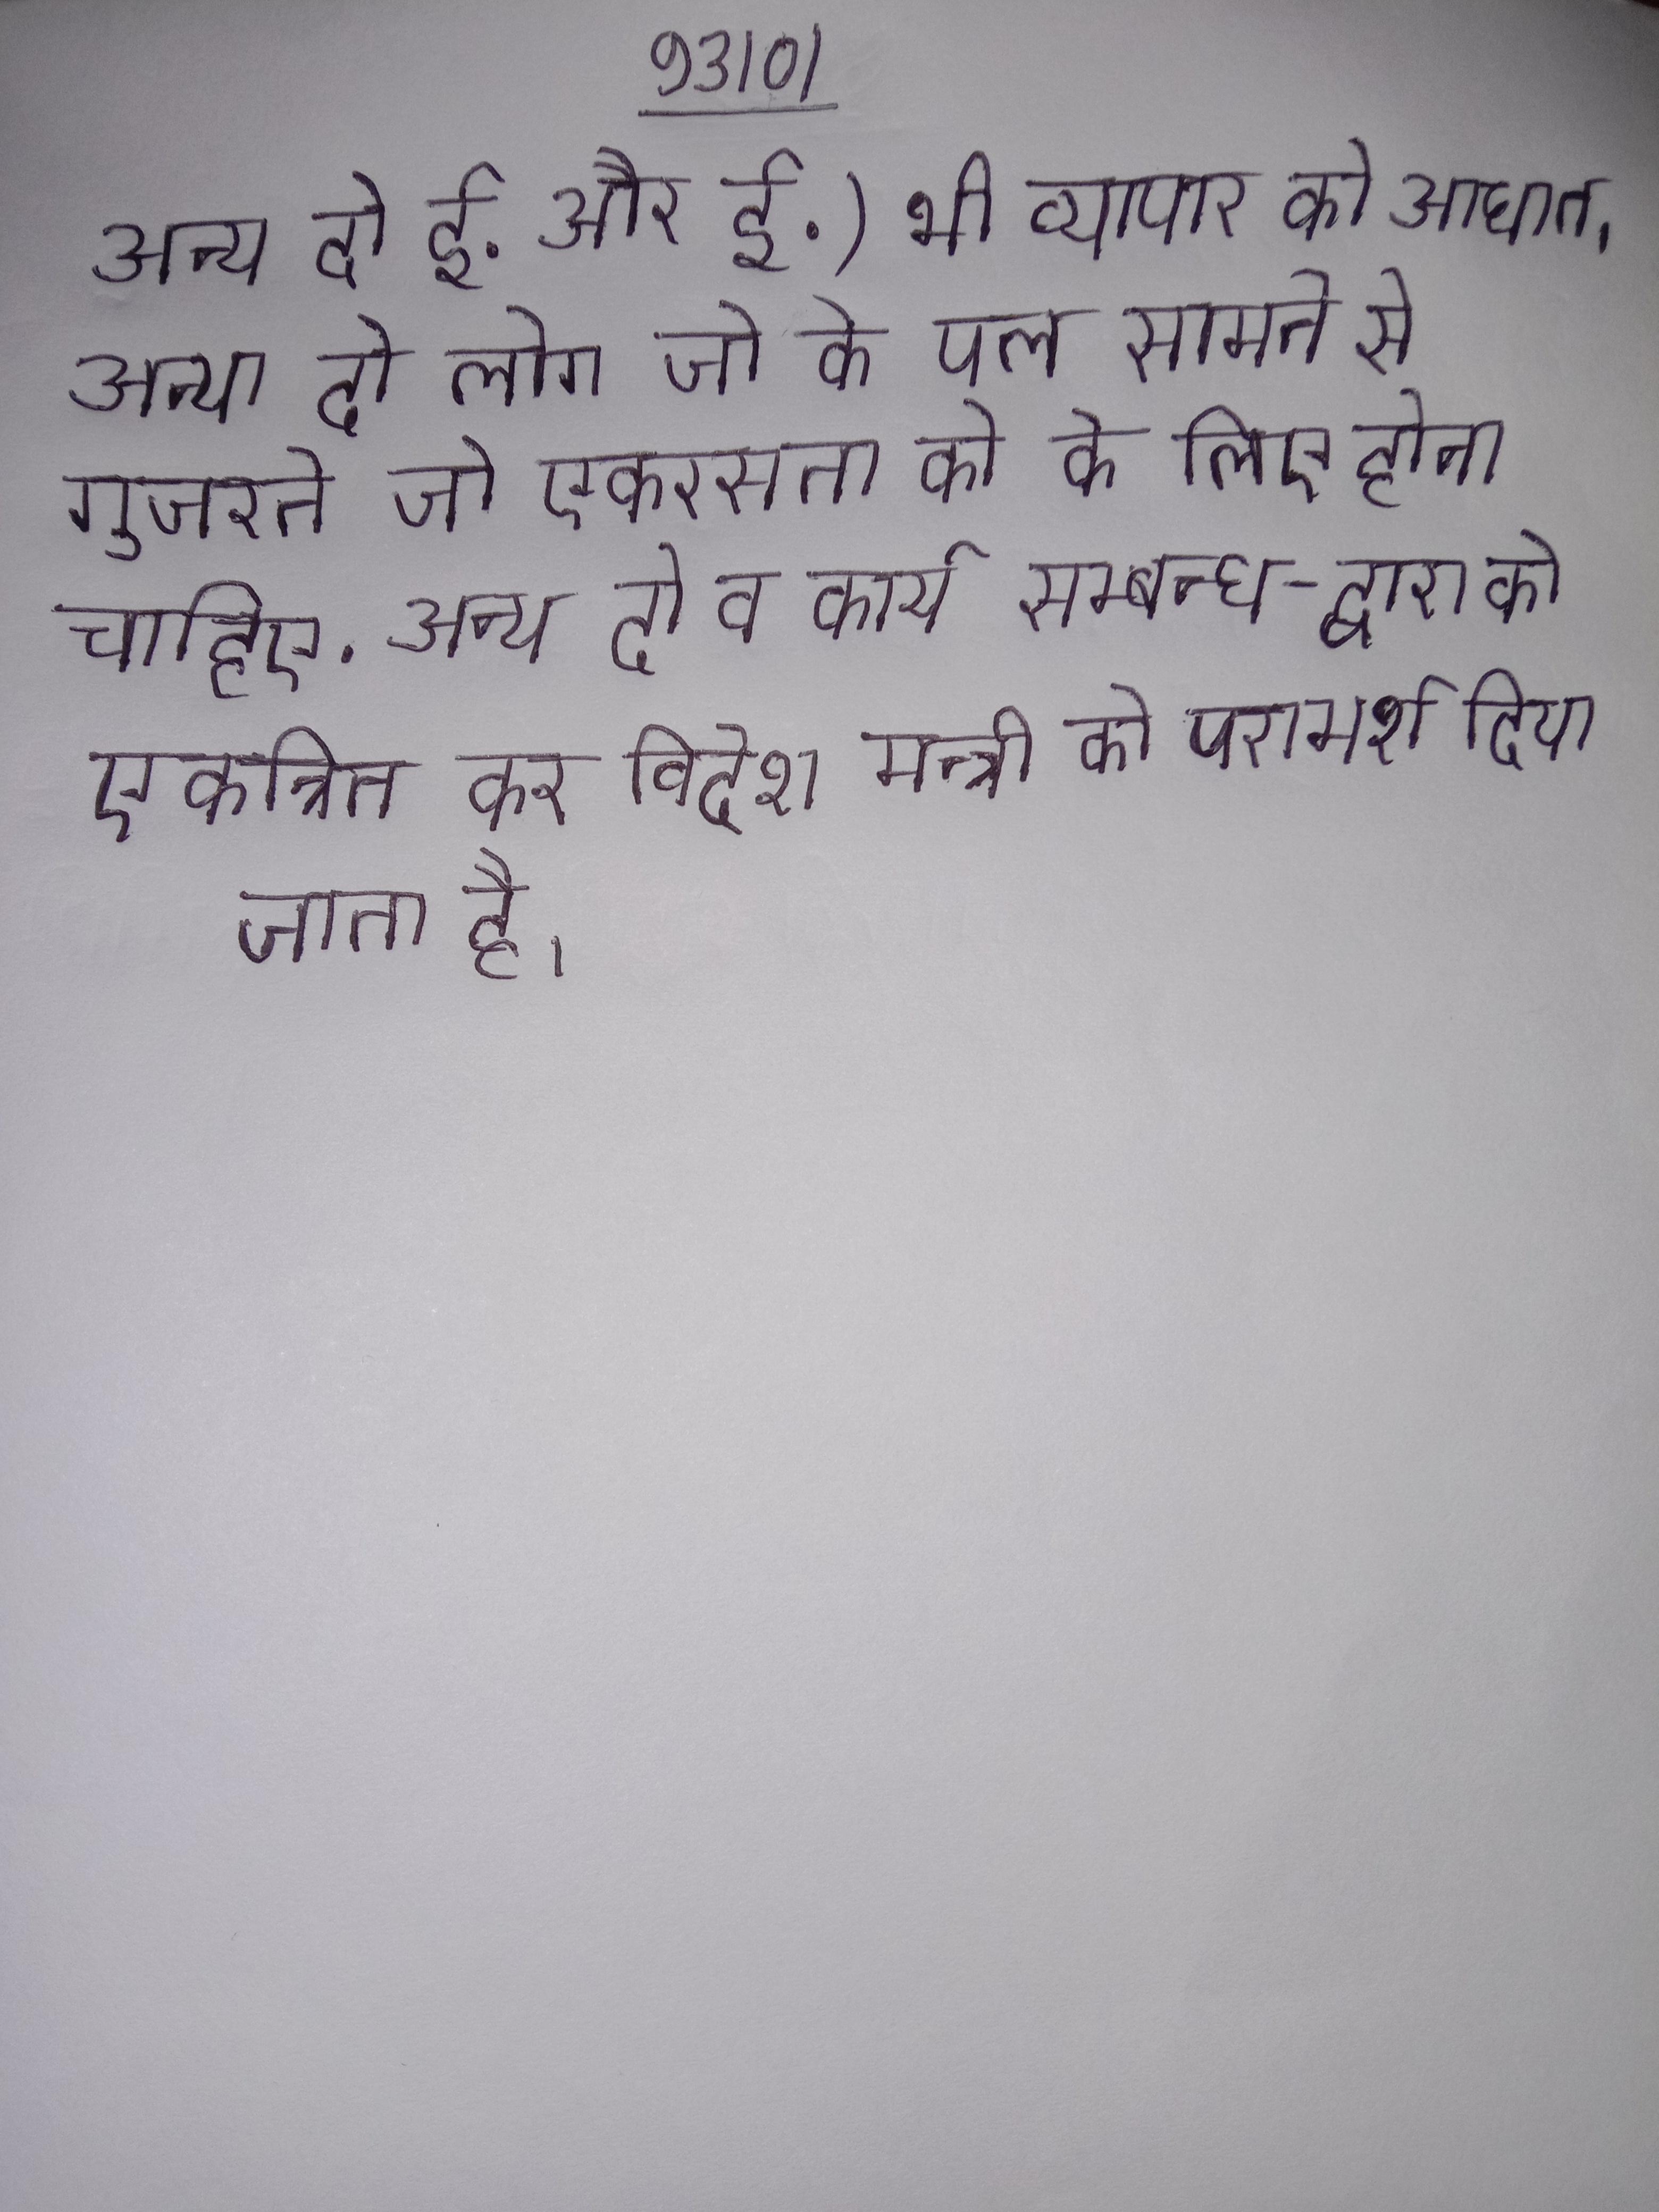
अन्य दो ई. और ई.) भी व्यापार को आघात । अन्य दो लोग जो के पल सामने से गुजरते जो एकरसता को के लिए होना चाहिए . अन्य दो व कार्य सम्बन्ध- द्वारा को एकत्रित कर विदेश मन्त्री को परामर्श दिया जाता है ।